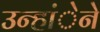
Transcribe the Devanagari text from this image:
उन्हांेने